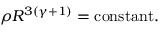
\rho R ^ { 3 ( \gamma + 1 ) } = \mathrm { c o n s t a n t } .